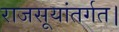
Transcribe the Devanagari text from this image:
राजसूयांतर्गत।